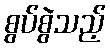
စွပ်စွဲသည့်